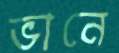
ভানে